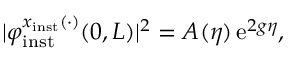
\vert \varphi _ { \mathrm { i n s t } } ^ { x _ { \mathrm { i n s t } } ( \cdot ) } ( 0 , L ) \vert ^ { 2 } = A ( \eta ) \, \mathrm { e } ^ { 2 g \eta } ,